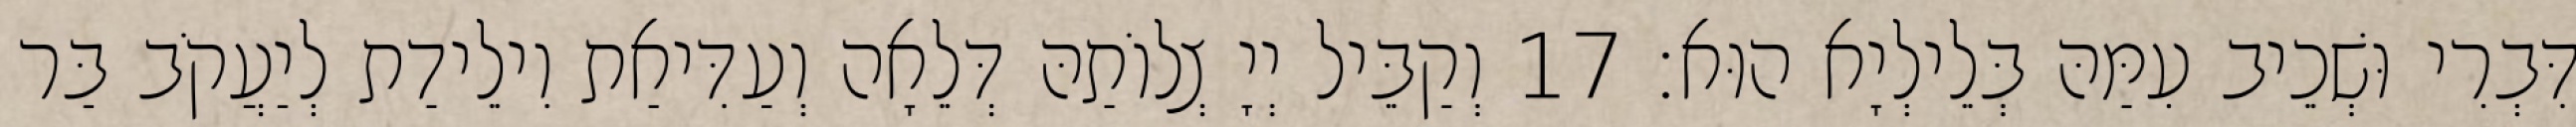
דִּבְרִי וּשְׁכֵיב עִמַּהּ בְּלֵילְיָא הוּא׃ 17 וְקַבֵּיל יְיָ צְלוֹתַהּ דְּלֵאָה וְעַדִּיאַת וִילֵידַת לְיַעֲקֹב בַּר